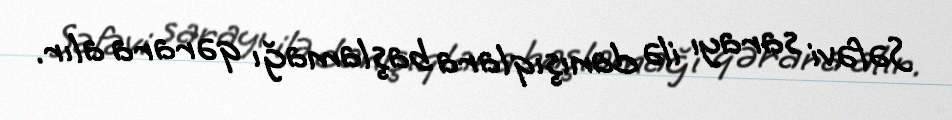
Səfəvi sarayı ilə danışıqlara başlamağı qərara alır.